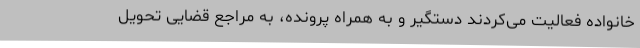
خانواده فعالیت می‌کردند دستگیر و به همراه پرونده، به مراجع قضایی تحویل